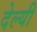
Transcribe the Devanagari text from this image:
देल्यी